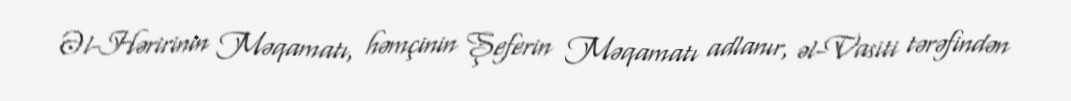
Əl-Həririnin Məqamatı, həmçinin Şeferin Məqamatı adlanır, əl-Vasiti tərəfindən